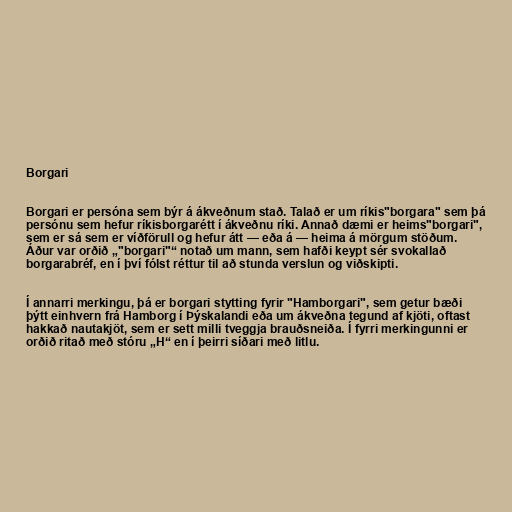
Borgari

Borgari er persóna sem býr á ákveðnum stað. Talað er um ríkis"borgara" sem þá
persónu sem hefur ríkisborgarétt í ákveðnu ríki. Annað dæmi er heims"borgari",
sem er sá sem er víðförull og hefur átt — eða á — heima á mörgum stöðum.
Áður var orðið „"borgari"“ notað um mann, sem hafði keypt sér svokallað
borgarabréf, en í því fólst réttur til að stunda verslun og viðskipti.

Í annarri merkingu, þá er borgari stytting fyrir "Hamborgari", sem getur bæði
þýtt einhvern frá Hamborg í Þýskalandi eða um ákveðna tegund af kjöti, oftast
hakkað nautakjöt, sem er sett milli tveggja brauðsneiða. Í fyrri merkingunni er
orðið ritað með stóru „H“ en í þeirri síðari með litlu.